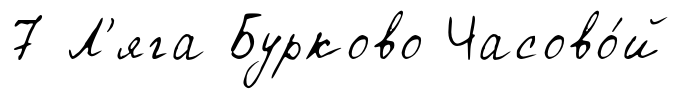
7 Л'яга Бурково Часово́й